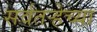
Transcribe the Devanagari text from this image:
सर्वतऱ्हेच्या